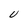
Character: U